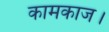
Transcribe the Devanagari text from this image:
कामकाज।